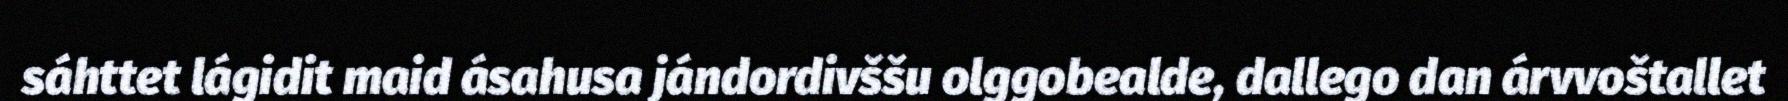
sáhttet lágidit maid ásahusa jándordivššu olggobealde, dallego dan árvvoštallet